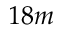
1 8 m